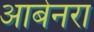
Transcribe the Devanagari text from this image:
आबेनरा